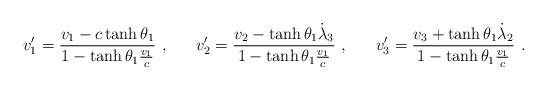
LaTeX: \begin{align*} v_1'=\frac{v_1 - c\tanh \theta_1}{1 - \tanh \theta_1 \frac {v_1}{c}}~, ~~~~~v_2'=\frac{v_2 - \tanh \theta_1 \dot\lambda_3}{1 - \tanh \theta_1 \frac {v_1}{c}}~, ~~~~~v_3'=\frac{v_3 + \tanh \theta_1 \dot\lambda_2}{1 - \tanh \theta_1 \frac {v_1}{c}}~.\end{align*}